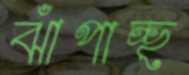
ঝাঁপাচ্ছ